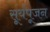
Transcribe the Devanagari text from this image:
सूर्यपूजन